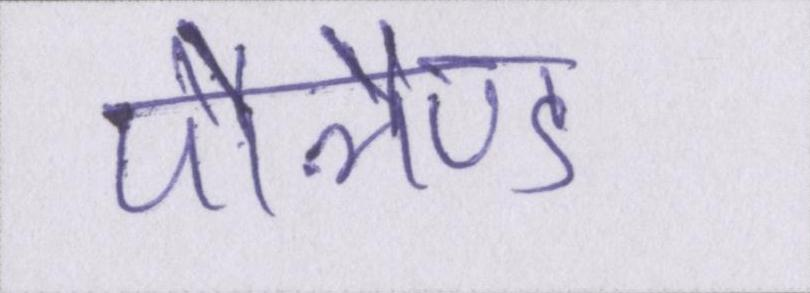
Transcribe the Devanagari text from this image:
पोलैण्ड